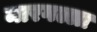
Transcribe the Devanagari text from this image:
मारगल्ला